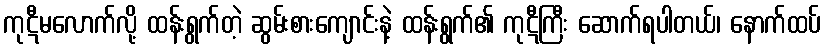
ကုဋီမလောက်လို့ ထန်းရွက်တဲ့ ဆွမ်းစားကျောင်းနဲ့ ထန်းရွက်၏ ကုဋီကြီး ဆောက်ရပါတယ်၊ နောက်ထပ်